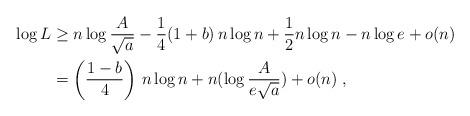
LaTeX: \begin{align*} \log L & \geq n \log \frac{A}{\sqrt{a}} - \frac{1}{4}(1+b) \, n \log n + \frac{1}{2} n \log n - n \log e + o(n) \\ & = \left( \frac{1-b}{4} \right) \, n \log n + n ( \log \frac{A}{e\sqrt{a}}) + o(n) \;,\, \end{align*}